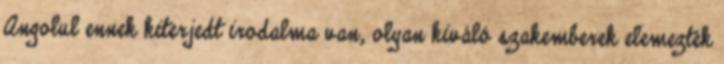
Angolul ennek kiterjedt irodalma van, olyan kiváló szakemberek elemezték